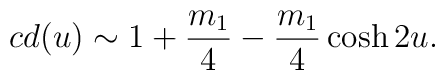
cd(u) \sim 1 + \frac{m_{1}}{4} - \frac{m_{1}}{4} \cosh 2u .